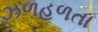
ઝળહળતા